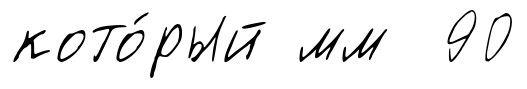
кото́рый мм 90